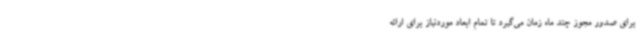
برای صدور مجوز چند ماه زمان می‌گیرد تا تمام ابعاد موردنیاز برای ارائه